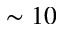
\sim 1 0